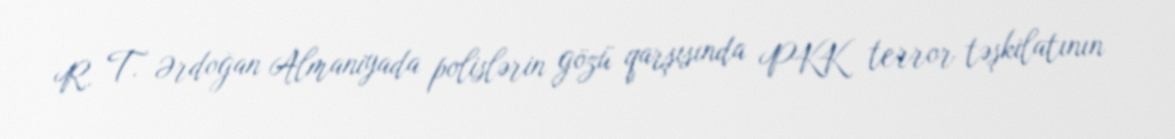
R. T. Ərdoğan Almaniyada polislərin gözü qarşısında PKK terror təşkilatının